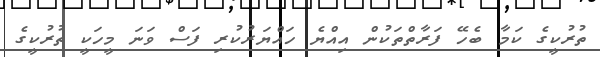
ތުރުކީގެ ކަމާ ބެހޭ ފަރާތްތަކުން އިއްޔެ ހައްޔަރުކުރި ފަސް ވަނަ މީހަކީ ތުރުކީގެ